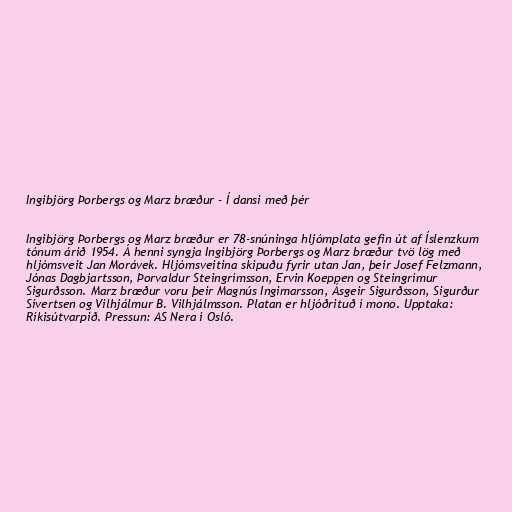
Ingibjörg Þorbergs og Marz bræður - Í dansi með þér

Ingibjörg Þorbergs og Marz bræður er 78-snúninga hljómplata gefin út af Íslenzkum
tónum árið 1954. Á henni syngja Ingibjörg Þorbergs og Marz bræður tvö lög með
hljómsveit Jan Morávek. Hljómsveitina skipuðu fyrir utan Jan, þeir Josef Felzmann,
Jónas Dagbjartsson, Þorvaldur Steingrímsson, Ervin Koeppen og Steingrímur
Sigurðsson. Marz bræður voru þeir Magnús Ingimarsson, Ásgeir Sigurðsson, Sigurður
Sívertsen og Vilhjálmur B. Vilhjálmsson. Platan er hljóðrituð í mono. Upptaka:
Ríkisútvarpið. Pressun: AS Nera í Osló.